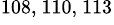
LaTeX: ^{108,~110,~113}